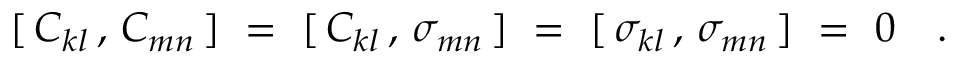
[ \, C _ { k l } \, , \, C _ { m n } \, ] ~ = ~ [ \, C _ { k l } \, , \, \sigma _ { m n } \, ] ~ = ~ [ \, \sigma _ { k l } \, , \, \sigma _ { m n } \, ] ~ = ~ 0 ~ ~ ~ .